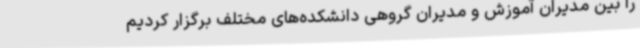
را بین مدیران آموزش و مدیران گروهی دانشکده‌های مختلف برگزار کردیم